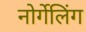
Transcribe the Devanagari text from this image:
नोर्गेलिंग